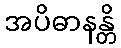
အပိဓာနန္တိ